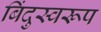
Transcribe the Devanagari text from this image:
बिंदुस्वरूप